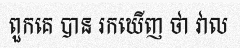
ពួកគេ បាន រកឃើញ ថា វាល